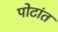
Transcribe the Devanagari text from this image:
पोटांत